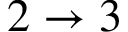
2 \rightarrow 3